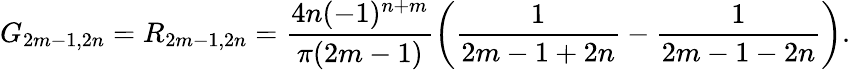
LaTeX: G_{2m-1,2n}=R_{2m-1,2n}=\frac{4n(-1)^{n+m}}{\pi(2m-1)}\left(\frac{1}{2m-1+2n}-\frac{1}{2m-1-2n}\right).